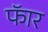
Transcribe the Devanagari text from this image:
फॅार